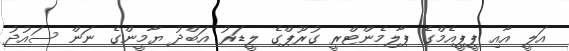
އަލީ އާއި ޕީޕީއެމްގެ ޕާލިމެންޓްރީ ގުރޫޕްގެ ލީޑަރު އަބްދު ޔާމީންގެ ނަން ސައުދު